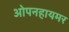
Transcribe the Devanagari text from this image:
ओपनहायमर